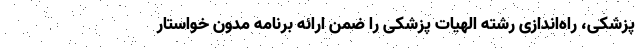
پزشکی، راه‌اندازی رشته الهیات پزشکی را ضمن ارائه برنامه مدون خواستار